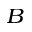
_ B